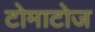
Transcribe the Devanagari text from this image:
टोमाटोज